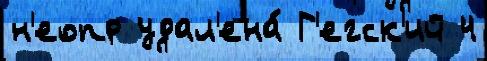
н'еопр удал'ена́ Г'егск'ий 4